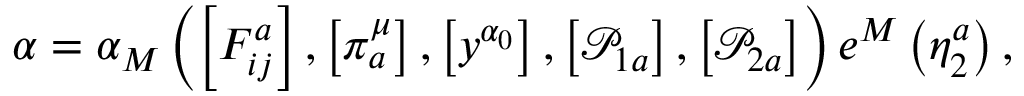
\alpha = \alpha _ { M } \left( \left[ F _ { i j } ^ { a } \right] , \left[ \pi _ { a } ^ { \mu } \right] , \left[ y ^ { \alpha _ { 0 } } \right] , \left[ \mathcal { P } _ { 1 a } \right] , \left[ \mathcal { P } _ { 2 a } \right] \right) e ^ { M } \left( \eta _ { 2 } ^ { a } \right) ,